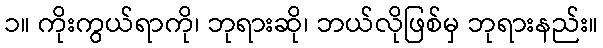
၁။ ကိုးကွယ်ရာကို၊ ဘုရားဆို၊ ဘယ်လိုဖြစ်မှ ဘုရားနည်း။